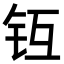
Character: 𨱀